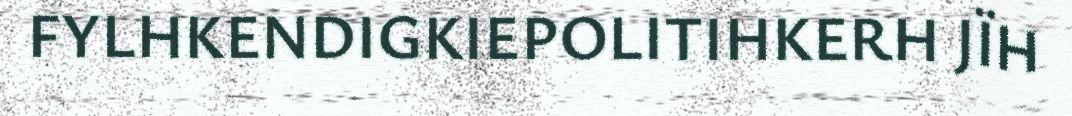
FYLHKENDIGKIEPOLITIHKERH JÏH